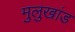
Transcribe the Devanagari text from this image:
मुलुखांड